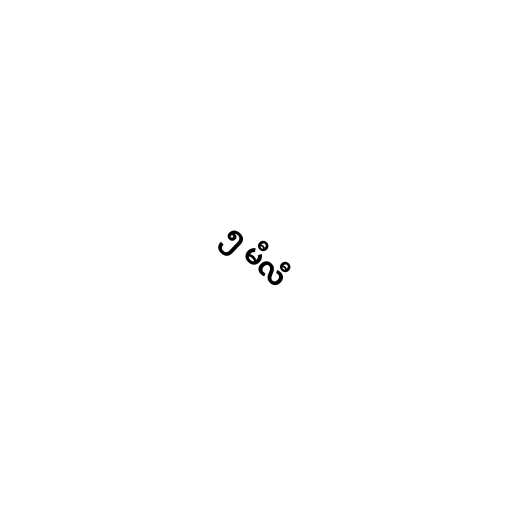
၅ မီလီ